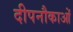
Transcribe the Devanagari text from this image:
दीपनौकाओं